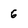
Character: 6